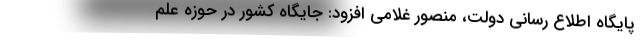
پایگاه اطلاع رسانی دولت، منصور غلامی افزود: جایگاه کشور در حوزه علم